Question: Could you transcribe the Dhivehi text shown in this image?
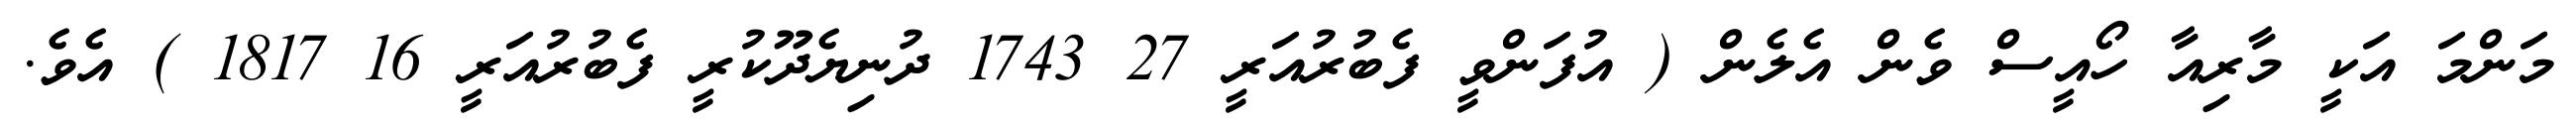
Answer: މަންމަ އަކީ މާރިއާ ހޯއީސް ވެން އެލެން ( އުފަންވީ ފެބުރުއަރީ 27 1743 ދުނިޔެދޫކުރީ ފެބުރުއަރީ 16 1817 ) އެވެ.